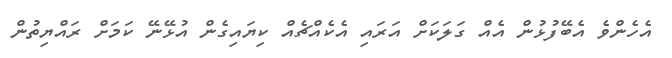
އެހެންވެ އެބޭފުޅުން އެއް ގަލަކަށް އަރައި އެކެއްޗެއް ކިޔައިގެން އުޅޭނޭ ކަމަށް ރައްޔިތުން